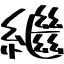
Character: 繼